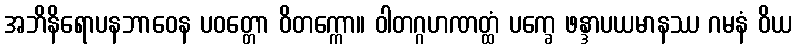
အဘိနိရောပနဘာဝေန ပဝတ္တော ဝိတက္ကော။ ဝါတဂ္ဂဟဏတ္ထံ ပက္ခေ ဖန္ဒာပယမာနဿ ဂမနံ ဝိယ